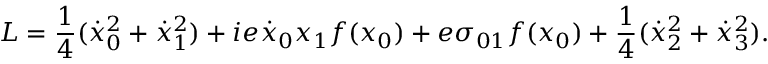
L = { \frac { 1 } { 4 } } ( \dot { x } _ { 0 } ^ { 2 } + \dot { x } _ { 1 } ^ { 2 } ) + i e \dot { x } _ { 0 } x _ { 1 } f ( x _ { 0 } ) + e \sigma _ { 0 1 } f ( x _ { 0 } ) + { \frac { 1 } { 4 } } ( \dot { x } _ { 2 } ^ { 2 } + \dot { x } _ { 3 } ^ { 2 } ) .